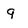
Character: 9